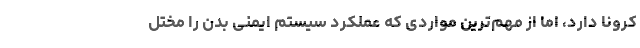
کرونا دارد، اما از مهم‌ترین مواردی که عملکرد سیستم ایمنی بدن را مختل